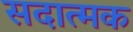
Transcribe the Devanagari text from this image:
सदात्मक